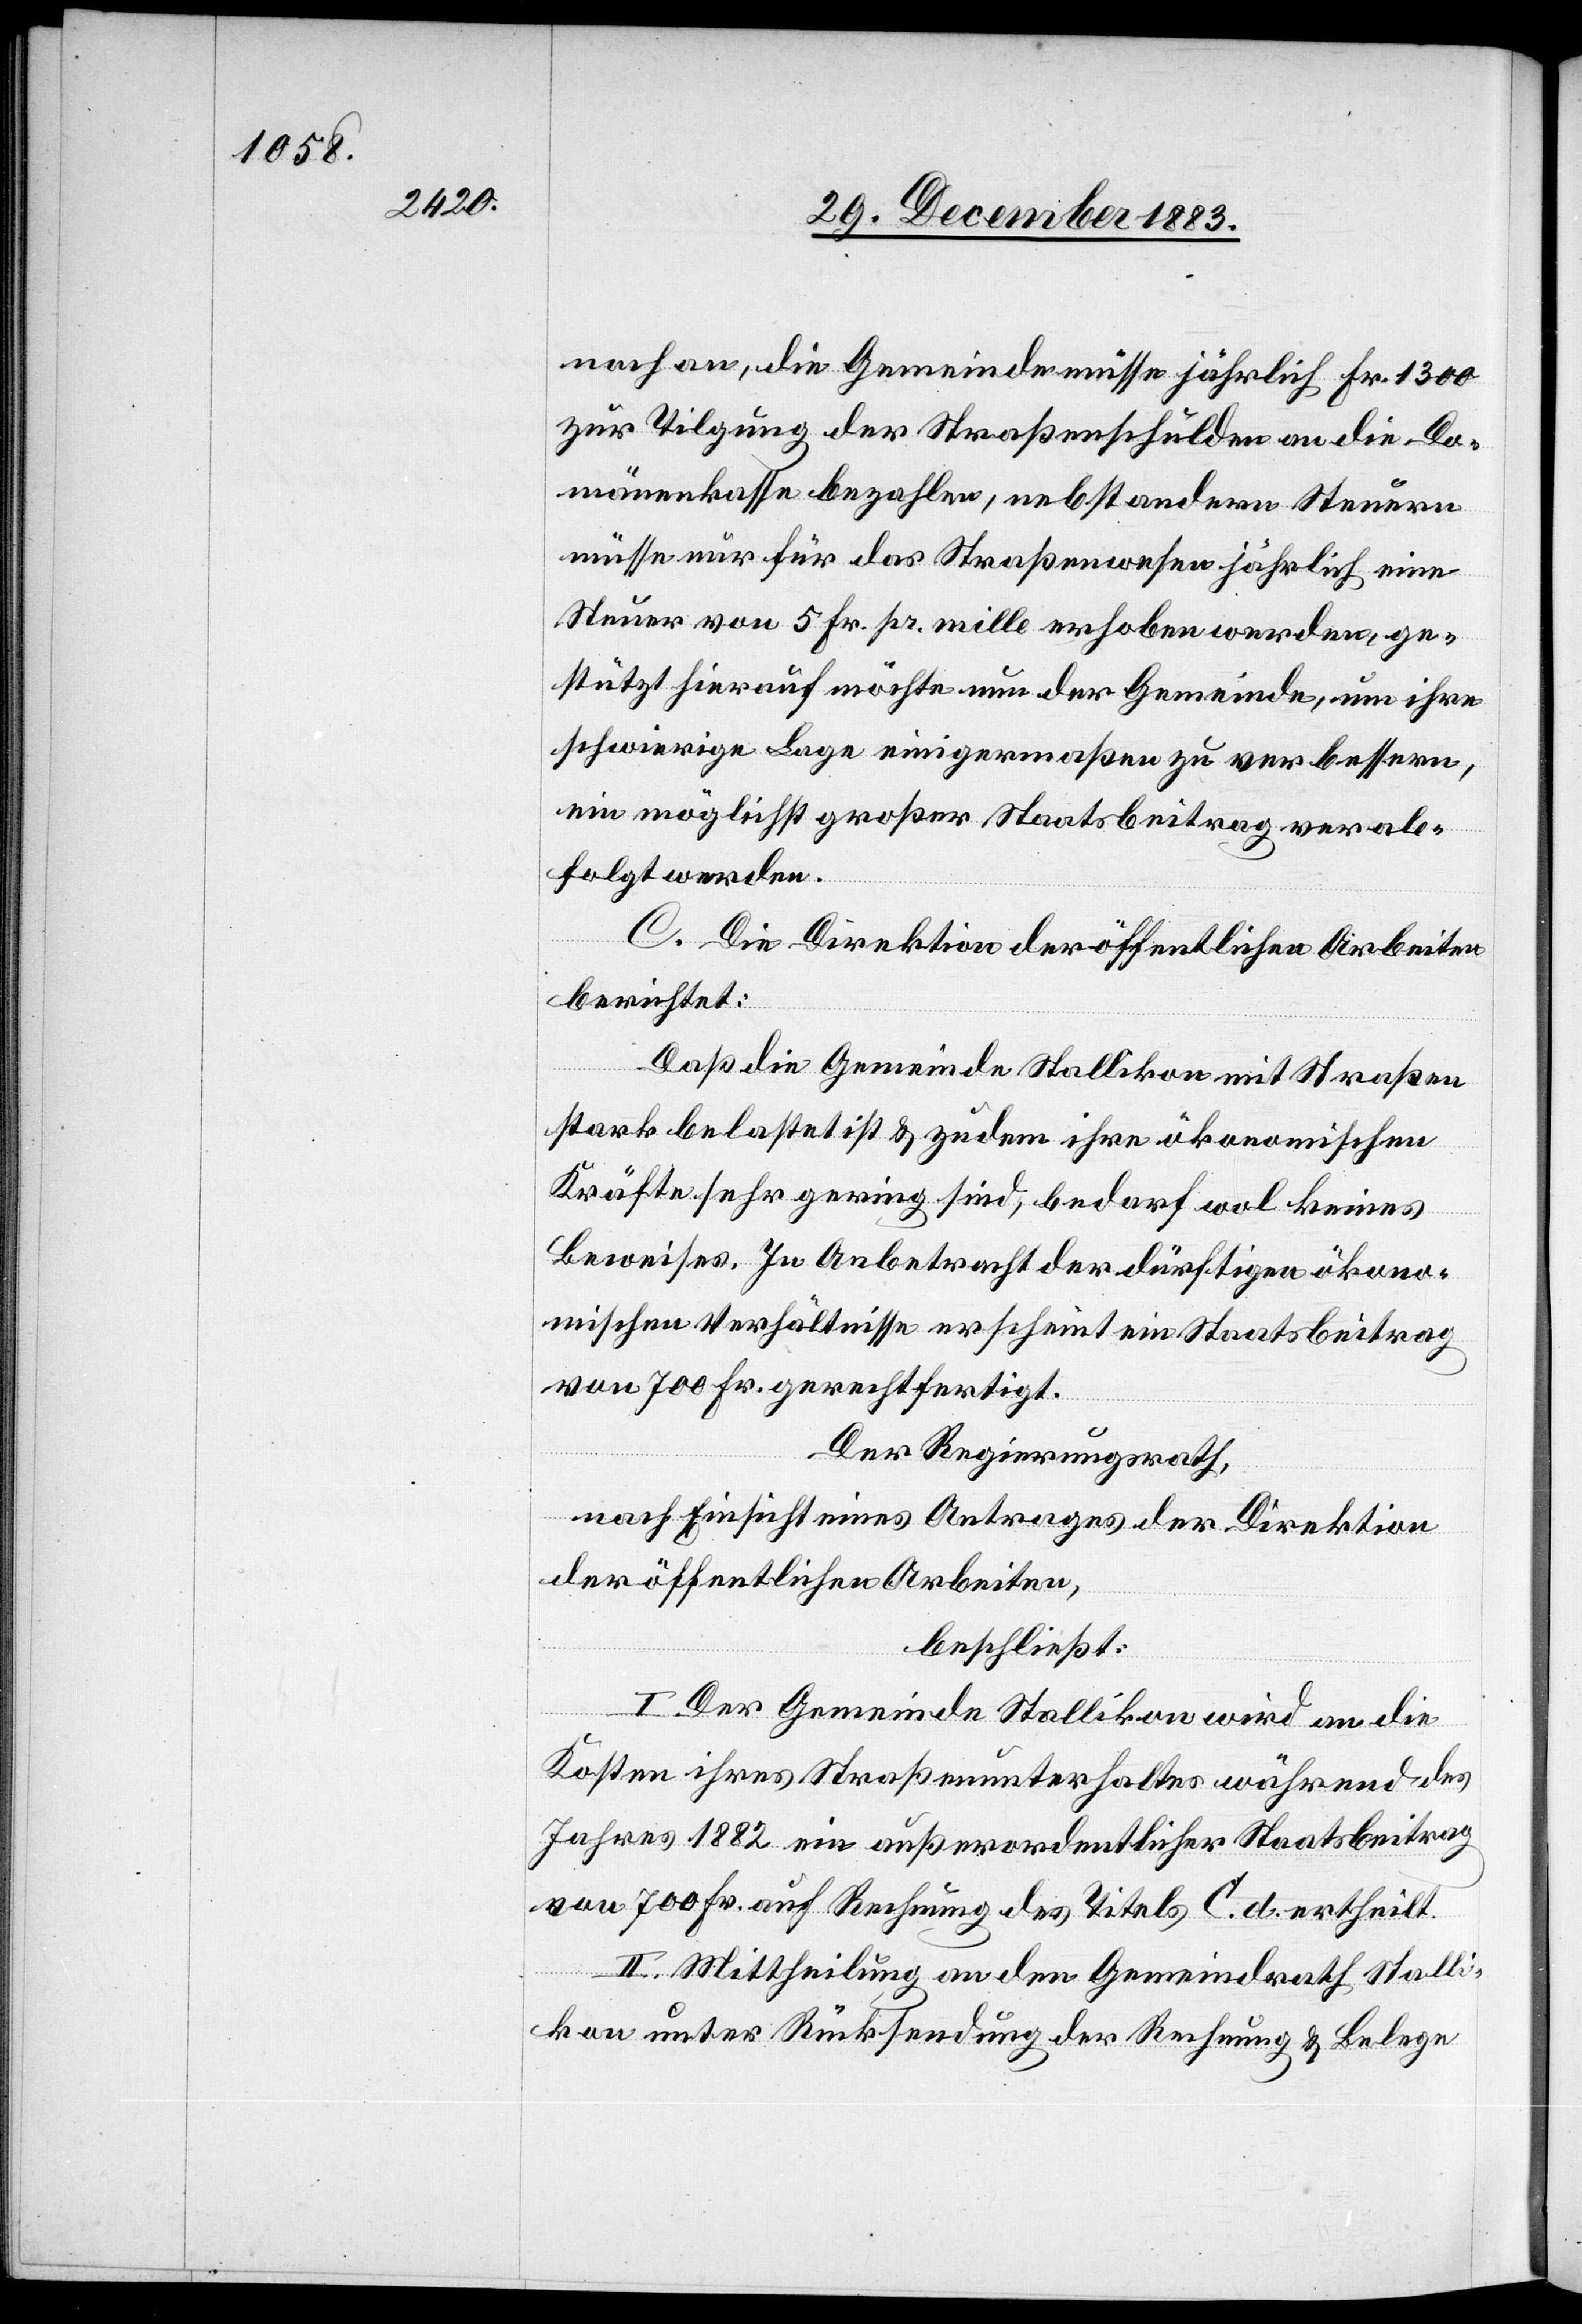
noch an, die Gemeinde müsse jährlich Fr. 1300
zur Tilgung der Straßenschulden an die Do¬
mänenkasse bezahlen, nebst andern Steuern
müsse nur für das Straßenwesen jährlich eine
Steuer von 5 Fr. pr. mille erhoben werden, ge¬
stützt hierauf möchte nun der Gemeinde, um ihre
schwierige Lage einigermaßen zu verbessern,
ein möglichst großer Staatsbeitrag verab¬
folgt werden.
C. Die Direktion der öffentlichen Arbeiten
berichtet:
Daß die Gemeinde Stallikon mit Straßen
stark belastet ist & zudem ihre ökonomischen
Kräfte sehr gering sind, bedarf wol keines
Beweises. In Anbetracht der dürftigen ökono¬
mischen Verhältnisse erscheint ein Staatsbeitrag
von 700 Fr. gerechtfertigt.
Der Regierungsrath,
nach Einsicht eines Antrage der Direktion
der öffentlichen Arbeiten,
beschließt:
I. Der Gemeinde Stallikon wird an die
Kosten ihres Straßenunterhaltes während des
Jahres 1882 ein außerordentlicher Staatsbeitrag
von 700 Fr. auf Rechnung des Titels C. d. ertheilt.
II. Mittheilung an den Gemeindrath Stalli¬
kon unter Rücksendung der Rechnung & Belege